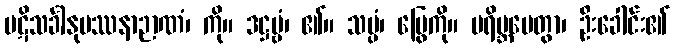
ပဋိသင်္ခါနုပဿနာဉာဏံ၊ ကို။ ဒဋ္ဌဗ္ဗံ၊ ၏။ သပ္ပံ၊ မြွေကို။ ပရိဗ္ဘမေတွာ၊ ဦးခေါင်း၏